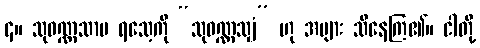
၄။ သုဝဏ္ဏသာမ ရသေ့ကို “သုဝဏ္ဏသျှံ” ဟု အများ သိနေကြ၏။ ငါတို့